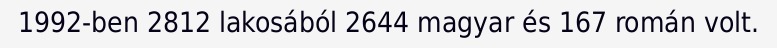
1992-ben 2812 lakosából 2644 magyar és 167 román volt.